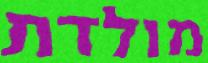
מולדת